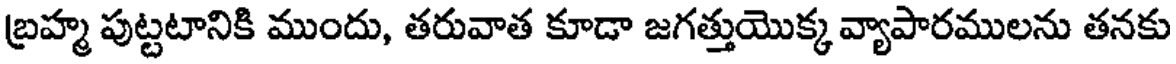
బ్రహ్మ పుట్టటానికి ముందు, తరువాత కూడా జగత్తుయొక్క వ్యాపారములను తనకు